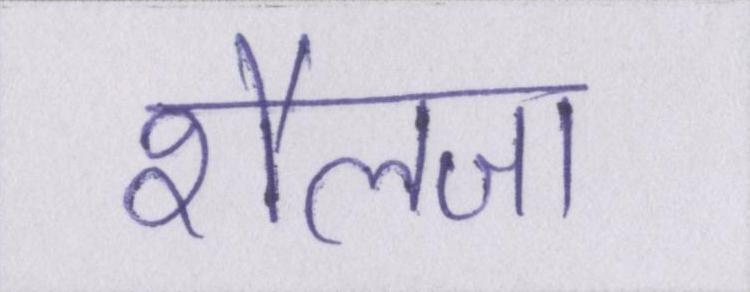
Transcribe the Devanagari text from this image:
शैलजा